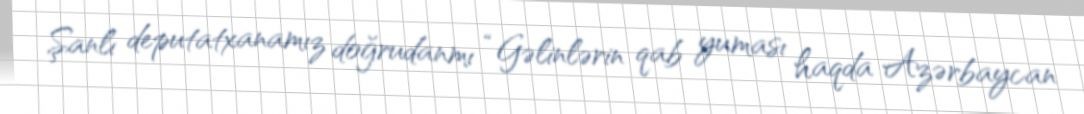
Şanlı deputatxanamız doğrudanmı “Gəlinlərin qab yuması haqda Azərbaycan